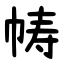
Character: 帱